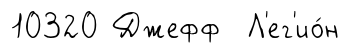
10320 Джефф Л'ег'ио́н